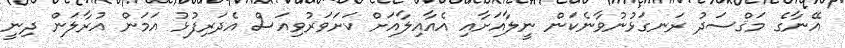
އޭނާގެ މަޤްސަދު ރަނގަޅުނުވާނެކަން ނީލާއަށާއި އެއާއިލާއަށް ކަށަވަރުވިއަސް އެދަރިފުޅު އަމަން އުރާލަން ދިނީ